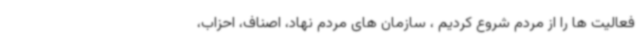
فعالیت ها را از مردم شروع کردیم ، سازمان های مردم نهاد، اصناف، احزاب،